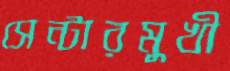
সেন্টারমুখী